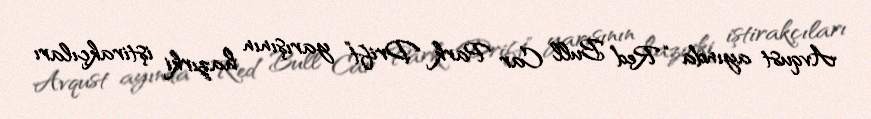
Avqust ayında “Red Bull Car Park Drift” yarışının hazırki iştirakçıları